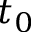
t _ { 0 }